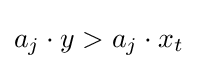
a_{j}\cdot y>a_{j}\cdot x_{t}